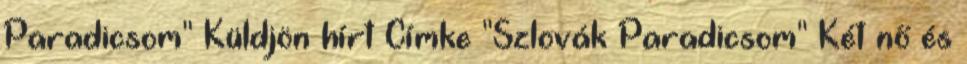
Paradicsom" Küldjön hírt Címke "Szlovák Paradicsom" Két nő és